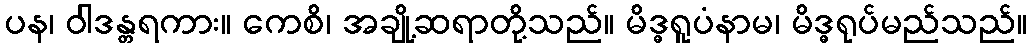
ပန၊ ဝါဒန္တရကား။ ကေစိ၊ အချို့ဆရာတို့သည်။ မိဒ္ဓရူပံနာမ၊ မိဒ္ဓရုပ်မည်သည်။